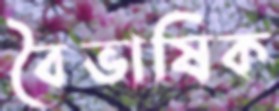
বৈভাষিক